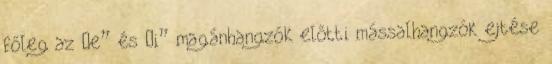
főleg az „e” és „i” magánhangzók előtti mássalhangzók ejtése